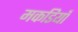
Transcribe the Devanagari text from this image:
मकडियाँ